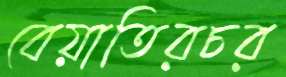
বেয়াতিরচর